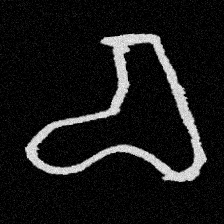
Pyu character \u2014 Myanmar letter: စ (romanized: ca)